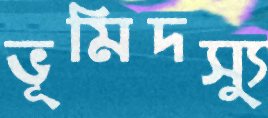
ভূমিদস্যু